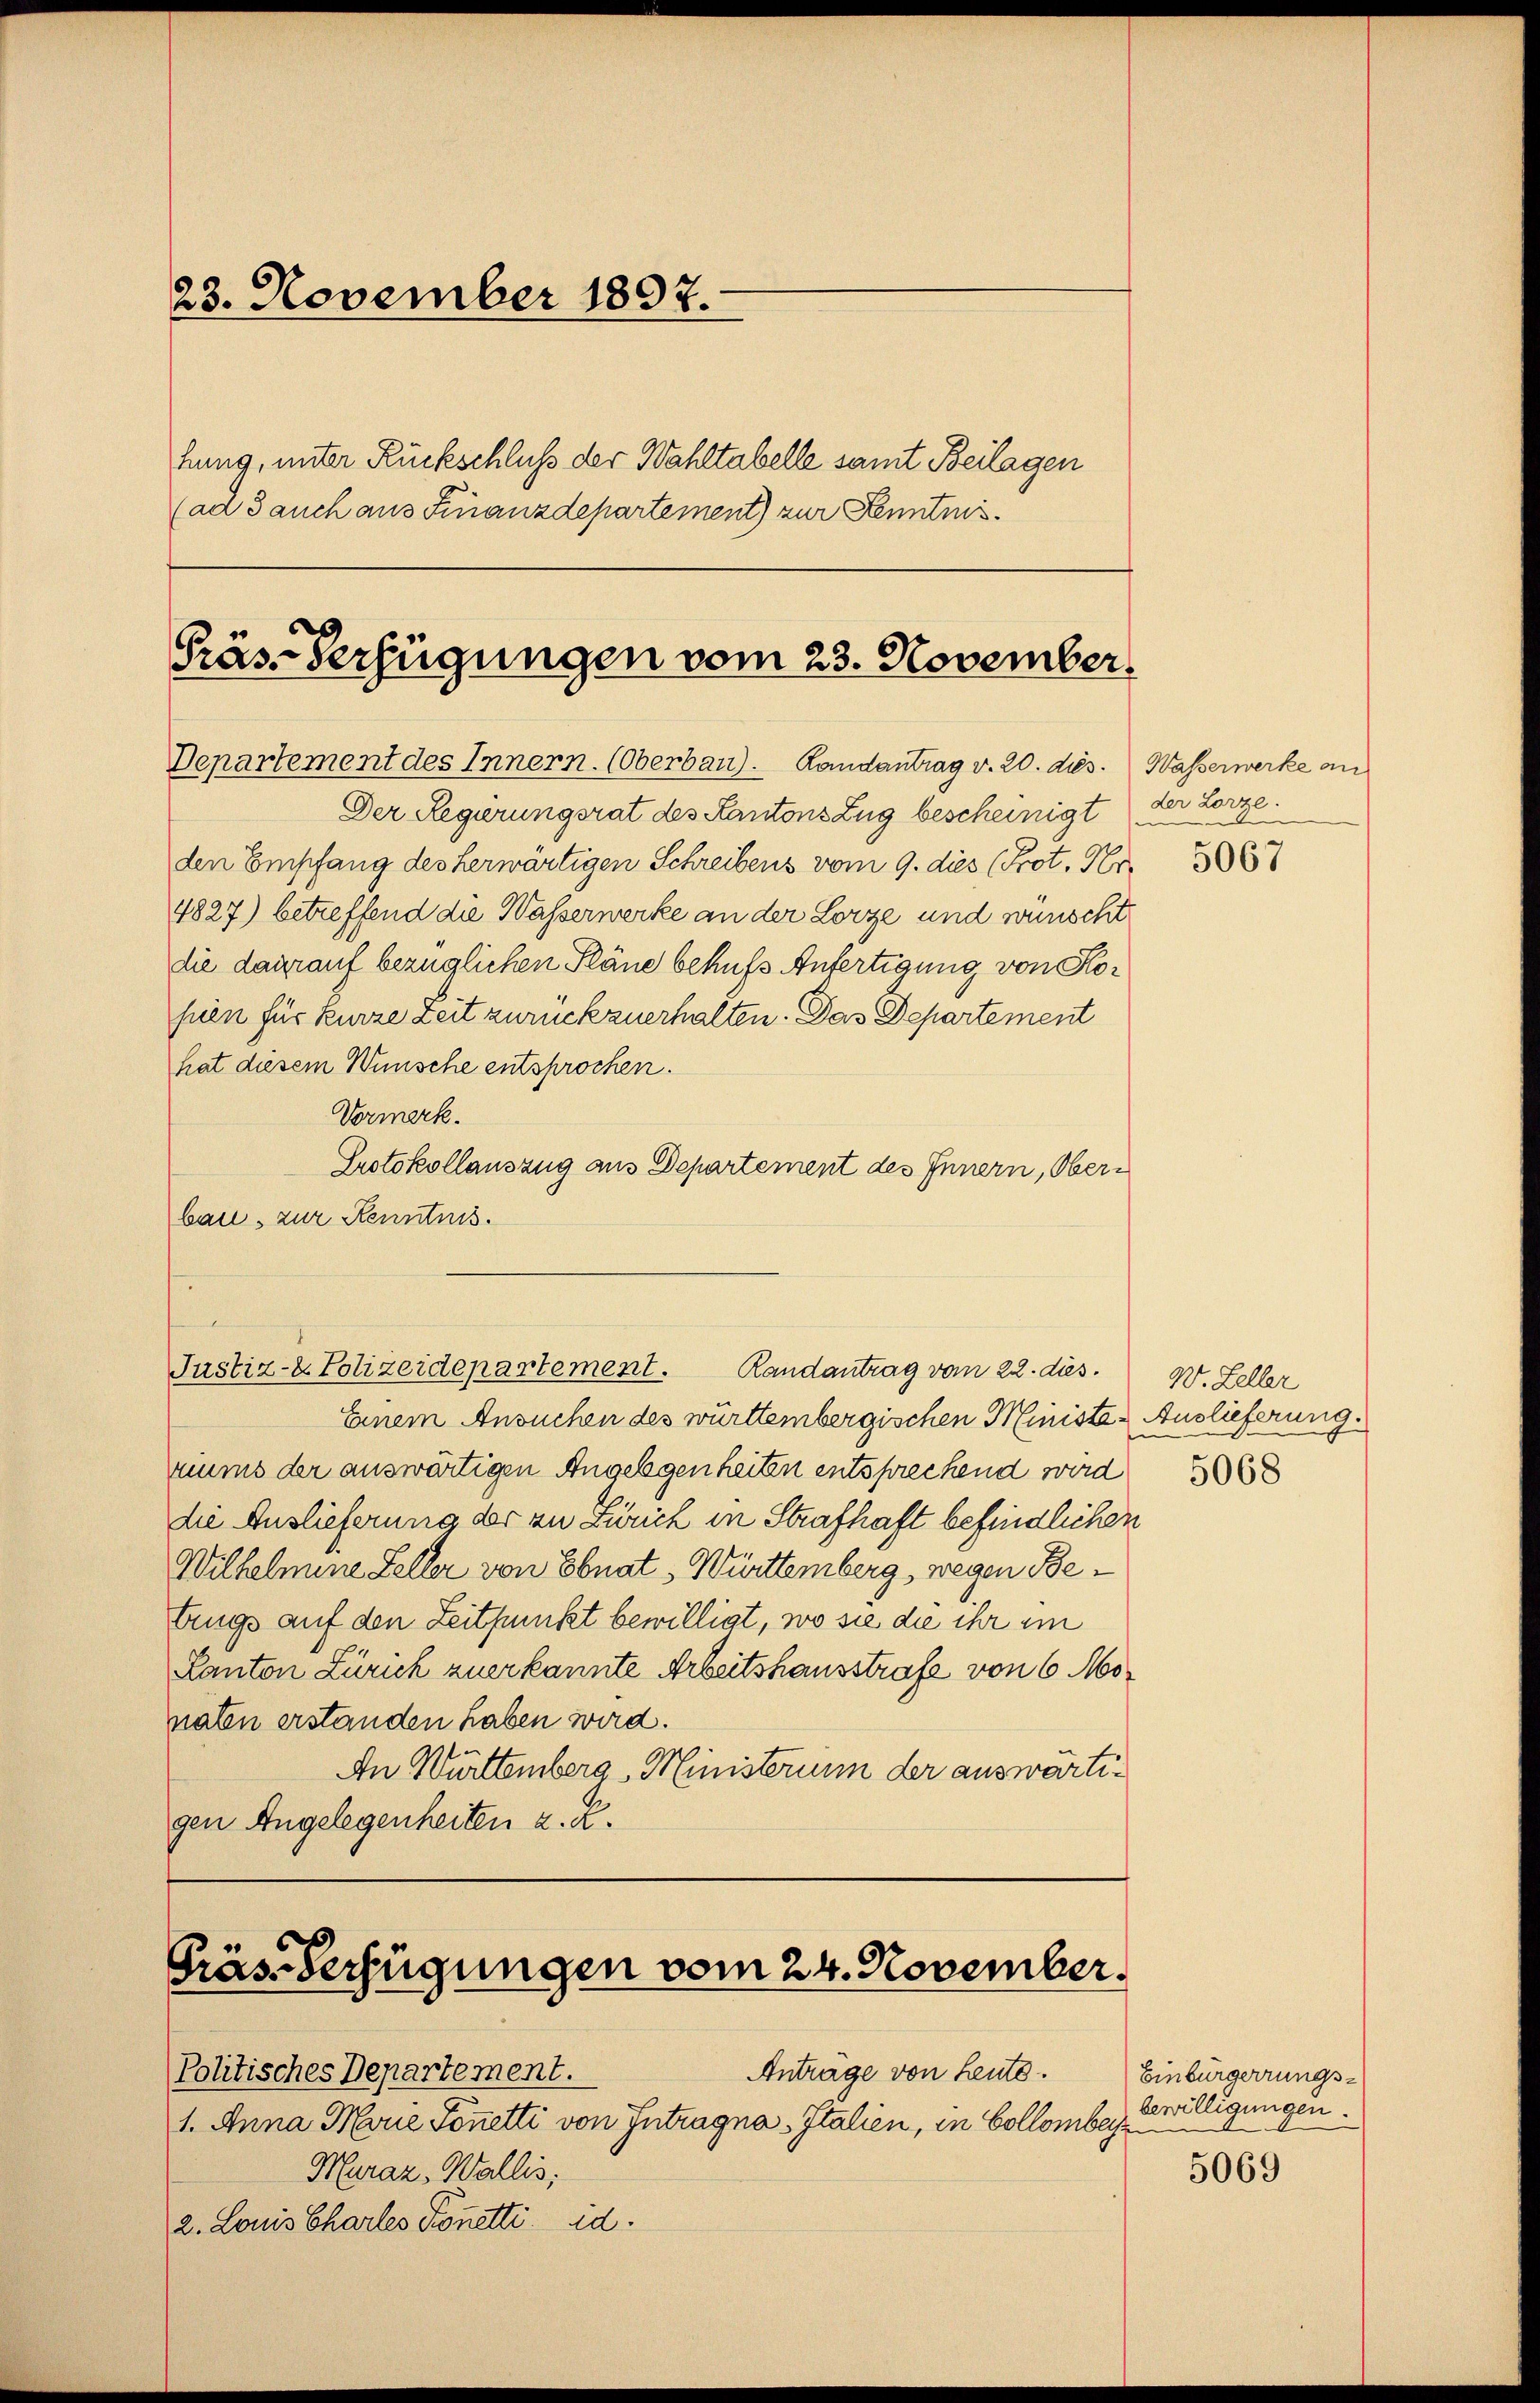
23. November 1897.
hung, unter Rückschluß der Wahltabelle samt Beilagen
(ad 3 auch aus Finanzdepartement) zur Kenntnis¬

Präs. Verfügungen vom 23. November
Departement des Innern. (Oberbau). Landantrag v. 20. dies. Wasserwerke an

Der Regierungsrat des Kantons Zug bescheinigt
den Empfang des herwärtigen Schreibens vom 9. dies (Prot. Hr.
4827) betreffend die Wasserwerke an der Lorze und wünscht
die darauf bezüglichen Pläne behufs Anfertigung von Kofien für kurze Zeit zurückzuerhalten. Das Departement
hat diesem Wünsche entsprochen.
Vormerk.
Protokollauszug aus Departement des Innern, Oberbau, zur Kenntnis.

d

Justiz- & Polizeidepartement. Randantrag vom 22. dies

Gräs-Verfügungen vom 24. November.

der Lorze.

Einem Ansuchen des württembergischen Ministe Auslieferung.
riums der auswärtigen Angelegenheiten entsprechend wird
die Auslieferung der zu Zürich in Strafhaft befindlichen
Wilhelmine Feller von Ebnat, Württemberg, wegen Betrugs auf den Zeitpunkt bewilligt, wo sie die ihr im
Kanton Zürich zuerkannte Arbeitshausstrafe von 6 Monaten erstanden haben wird.
An Württemberg, Ministerium der auswärtigen Angelegenheiten z. R.

Anträge von heute.
Politisches Departement.
1. Anna Marie Sonetti von Intragna Italien, in Collomber
Huraz, Wallis,
2. Louis Chartes Pönetti id.

5067

W. Zeller

5068

Einbürgerrungsbewilligungen.

5069